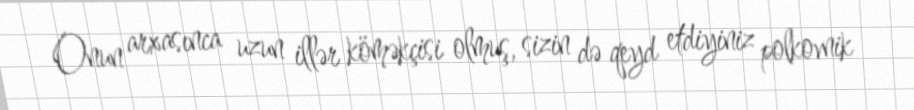
Onun arxasınca uzun illər köməkçisi olmuş, sizin də qeyd etdiyiniz polkovnik